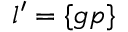
\ l { ' } = \{ g p \}